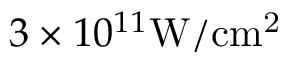
3 \times 1 0 ^ { 1 1 } \mathrm { { W / c m ^ { 2 } } }